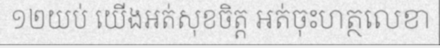
១២យប់ យើងអត់សុខចិត្ត អត់ចុះហត្ថលេខា